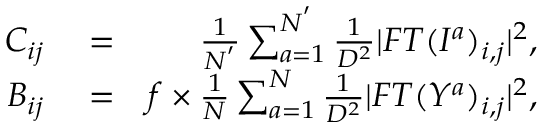
\begin{array} { r l r } { C _ { i j } } & { { } = } & { \frac { 1 } { N ^ { ' } } \sum _ { a = 1 } ^ { N ^ { ' } } \frac { 1 } { D ^ { 2 } } | F T ( I ^ { a } ) _ { i , j } | ^ { 2 } , } \\ { B _ { i j } } & { { } = } & { f \times \frac { 1 } { N } \sum _ { a = 1 } ^ { N } \frac { 1 } { D ^ { 2 } } | F T ( Y ^ { a } ) _ { i , j } | ^ { 2 } , } \end{array}